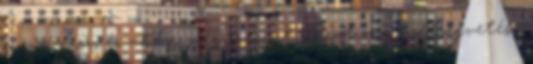
menõs lesz, és akkor meg megint negatív a költségvetése